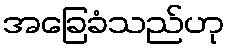
အခြေခံသည်ဟု